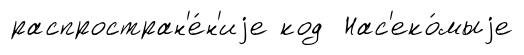
распростран'е́н'иjе код Нас'еко́мыjе